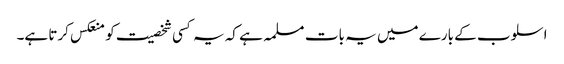
اسلوب کے بارے میں یہ بات مسلمہ ہے کہ یہ کسی شخصیت کو منعکس کرتا ہے۔